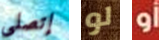
إتصلى لو أو